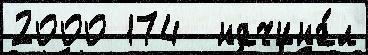
2000 174  начина́л